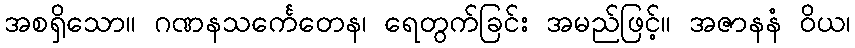
အစရှိသော။ ဂဏနသင်္ကေတေန၊ ရေတွက်ခြင်း အမည်ဖြင့်။ အဇာနနံ ဝိယ၊